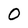
Character: 0